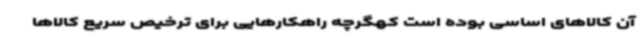
آن کالاهای اساسی بوده است کهگرچه راهکارهایی برای ترخیص سریع کالاها